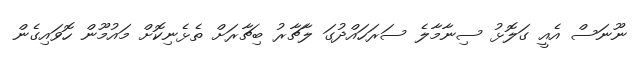
ނޫނަސް އެއީ ގަލޮޅު ސިނާމާލެ ސަރަހައްދުގަ ލާޗާރު ބިޗާރަށް ތެޅެނިކޮށް މައުމޫން ހޮވައިގެން